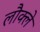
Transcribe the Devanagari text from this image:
लौक्ले